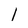
Character: 1